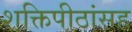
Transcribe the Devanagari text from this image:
शक्तिपीठांसह